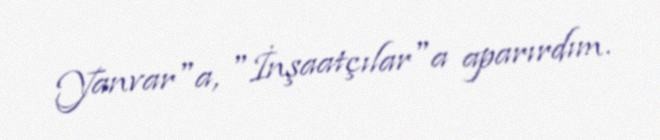
Yanvar"a, "İnşaatçılar"a aparırdım.